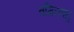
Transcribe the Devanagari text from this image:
तमिल्नाटु